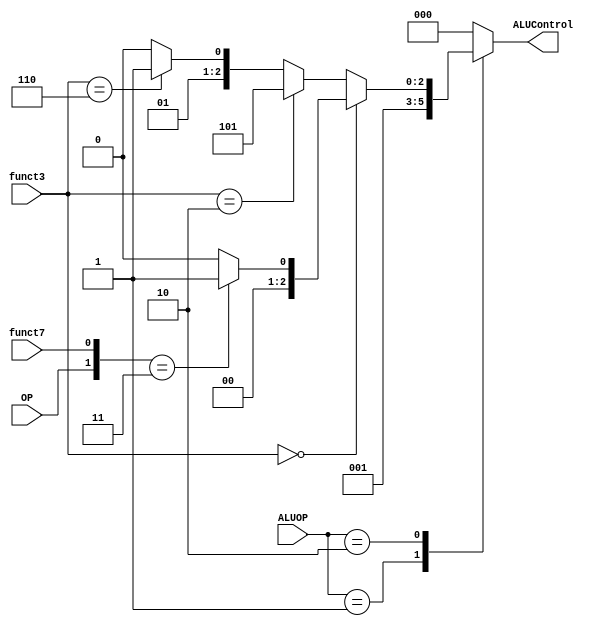
/*
   Created by : Mohamed Hazem Mamdouh
   12-08-2023
   7:30 PM
 */
//***************  ALU DECODER Module  ***************//



module ALU_Decoder 
 (

  input   wire    [2:0]     funct3,
  input   wire              funct7,
  input   wire    [1:0]     ALUOP,
  input   wire              OP,
  output  reg     [2:0]     ALUControl
  
 );

//*************** localparam decleration of arith operation ***************//


  localparam    [2:0]    add           = 3'b000,
                         sub           = 3'b001,
                         less_than     = 3'b101,
                         OR            = 3'b011,
                         AND           = 3'b010;

  //*************** monitore the change if inputs ***************//
  
  always@(*)
  begin
    case(ALUOP)

      2'b00: begin
             ALUControl = add;
             end 
      2'b01: begin
             ALUControl = sub;
             end
      2'b10: begin
             if (funct3 == 3'b000)
             begin
             if( {OP,funct7} == 2'b11 )
             begin
             ALUControl = sub;
             end
             else
             begin
             ALUControl = add;
             end
             end
             else if (funct3 == 3'b010)
             begin
             ALUControl = less_than;
             end
             else if (funct3 == 3'b110)
             begin
             ALUControl = OR;
             end
             else /* condition */
             begin
             ALUControl = AND;
             end
             end
    default: begin
             ALUControl = add;
             end 
   endcase
 end     
 

endmodule